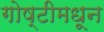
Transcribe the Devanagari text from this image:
गोष्टीमधून